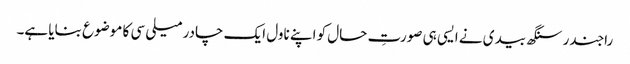
راجندر سنگھ بیدی نے ایسی ہی صورتِ حال کو اپنے ناول ایک چادر میلی سی کا موضوع بنایا ہے۔